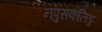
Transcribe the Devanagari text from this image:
नपुसकलिङ्ग